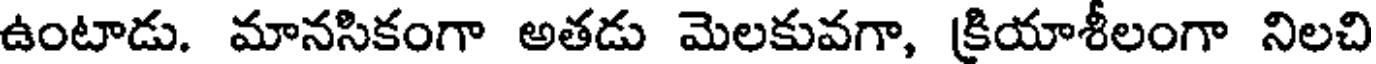
ఉంటాడు. మానసికంగా అతడు మెలకువగా, క్రియాశీలంగా నిలచి